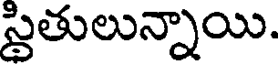
స్థితులున్నాయి.